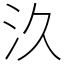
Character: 汣